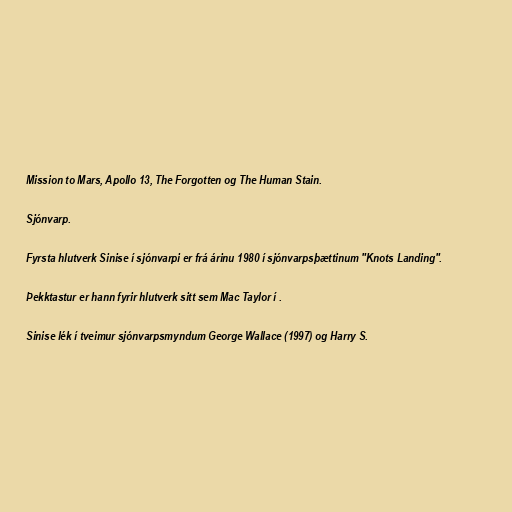
Mission to Mars, Apollo 13, The Forgotten og The Human Stain.

Sjónvarp.

Fyrsta hlutverk Sinise í sjónvarpi er frá árinu 1980 í sjónvarpsþættinum "Knots Landing".

Þekktastur er hann fyrir hlutverk sitt sem Mac Taylor í .

Sinise lék í tveimur sjónvarpsmyndum George Wallace (1997) og Harry S.